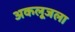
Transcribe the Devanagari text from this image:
अकलूजला